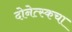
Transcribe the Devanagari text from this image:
दोनेत्स्कचा